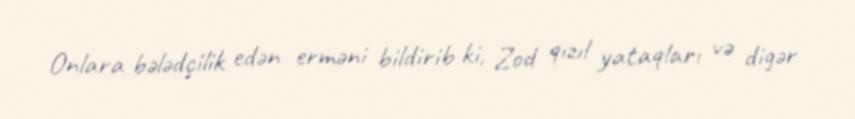
Onlara bələdçilik edən erməni bildirib ki, Zod qızıl yataqları və digər